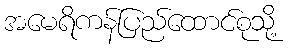
အမေရိကန်ပြည်ထောင်စုသို့